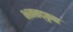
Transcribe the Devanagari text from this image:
भगवद्कृपा